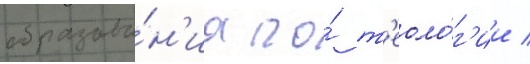
образова́н'иа по́ т'еоло́г'ии /